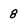
Character: 8